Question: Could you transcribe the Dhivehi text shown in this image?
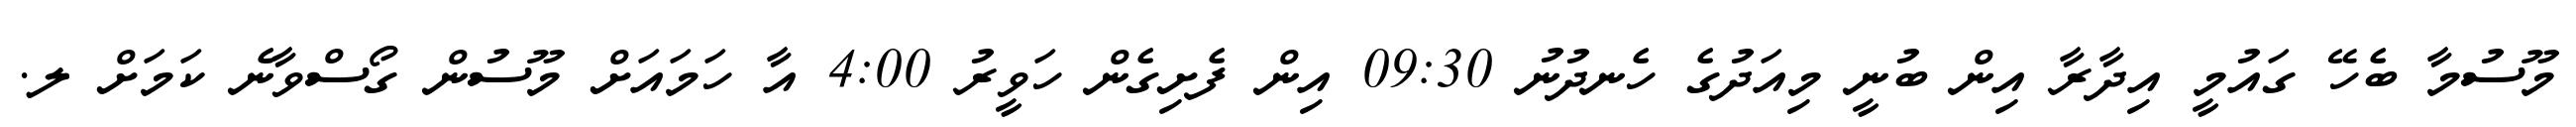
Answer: މޫސުމާ ބެހޭ ގައުމީ އިދާރާ އިން ބުނީ މިއަދުގެ ހެނދުނު 09:30 އިން ފެށިގެން ހަވީރު 4:00 އާ ހަމައަށް މޫސުން ގޯސްވާނެ ކަމަށް ލ.